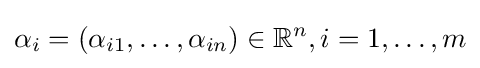
\alpha _{i}=(\alpha _{i1},\dots ,\alpha _{in})\in \mathbb {R} ^{n},i=1,\dots ,m